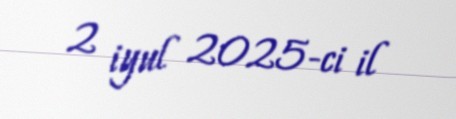
2 iyul 2025-ci il